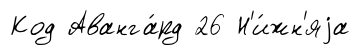
Код Аванга́рд 26 Н'и́жн'яjа